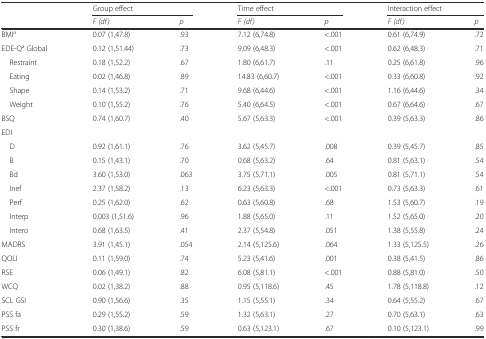
<table><thead><tr><td></td><td colspan="2"><b>Group effect</b></td><td colspan="2"><b>Time effect</b></td><td colspan="2"><b>Interaction effect</b></td></tr><tr><td></td><td><b><i>F (df)</i></b></td><td><b><i>p</i></b></td><td><b><i>F (df)</i></b></td><td><b><i>p</i></b></td><td><b><i>F (df)</i></b></td><td><b><i>p</i></b></td></tr></thead><tbody><tr><td>BMI<sup>a</sup></td><td>0.07 (1,47.8)</td><td>.93</td><td>7.12 (6,74.8)</td><td>&lt;.001</td><td>0.61 (6,74.9)</td><td>.72</td></tr><tr><td>EDE-Q<sup>a</sup> Global</td><td>0.12 (1,51.44)</td><td>.73</td><td>9.09 (6,48.3)</td><td>&lt;.001</td><td>0.62 (6,48.3)</td><td>.71</td></tr><tr><td> Restraint</td><td>0.18 (1,52.2)</td><td>.67</td><td>1.80 (6,61.7)</td><td>.11</td><td>0.25 (6,61.8)</td><td>.96</td></tr><tr><td> Eating</td><td>0.02 (1,46.8)</td><td>.89</td><td>14.83 (6,60.7)</td><td>&lt;.001</td><td>0.33 (6,60.8)</td><td>.92</td></tr><tr><td> Shape</td><td>0.14 (1,53.2)</td><td>.71</td><td>9.68 (6,44.6)</td><td>&lt;.001</td><td>1.16 (6,44.6)</td><td>.34</td></tr><tr><td> Weight</td><td>0.10 (1,55.2)</td><td>.76</td><td>5.40 (6,64.5)</td><td>&lt;.001</td><td>0.67 (6,64.6)</td><td>.67</td></tr><tr><td>BSQ</td><td>0.74 (1,60.7)</td><td>.40</td><td>5.67 (5,63.3)</td><td>&lt;.001</td><td>0.39 (5,63.3)</td><td>.86</td></tr><tr><td>EDI</td><td></td><td></td><td></td><td></td><td></td><td></td></tr><tr><td> D</td><td>0.92 (1,61.1)</td><td>.76</td><td>3.62 (5,45.7)</td><td>.008</td><td>0.39 (5,45.7)</td><td>.85</td></tr><tr><td> B</td><td>0.15 (1,43.1)</td><td>.70</td><td>0.68 (5,63.2)</td><td>.64</td><td>0.81 (5,63.1)</td><td>.54</td></tr><tr><td> Bd</td><td>3.60 (1,53.0)</td><td>.063</td><td>3.75 (5,71.1)</td><td>.005</td><td>0.81 (5,71.1)</td><td>.54</td></tr><tr><td> Inef</td><td>2.37 (1,58.2)</td><td>.13</td><td>6.23 (5,63.3)</td><td>&lt;.001</td><td>0.73 (5,63.3)</td><td>.61</td></tr><tr><td> Perf</td><td>0.25 (1,62.0)</td><td>.62</td><td>0.63 (5,60.8)</td><td>.68</td><td>1.53 (5,60.7)</td><td>.19</td></tr><tr><td> Interp</td><td>0.003 (1,51.6)</td><td>.96</td><td>1.88 (5,65.0)</td><td>.11</td><td>1.52 (5,65.0)</td><td>.20</td></tr><tr><td> Intero</td><td>0.68 (1,63.5)</td><td>.41</td><td>2.37 (5,54.8)</td><td>.051</td><td>1.38 (5,55.8)</td><td>.24</td></tr><tr><td>MADRS</td><td>3.91 (1,45.1)</td><td>.054</td><td>2.14 (5,125.6)</td><td>.064</td><td>1.33 (5,125.5)</td><td>.26</td></tr><tr><td>QOLI</td><td>0.11 (1,59.0)</td><td>.74</td><td>5.23 (5,41.6)</td><td>.001</td><td>0.38 (5,41.5)</td><td>.86</td></tr><tr><td>RSE</td><td>0.06 (1,49.1)</td><td>.82</td><td>6.08 (5,81.1)</td><td>&lt;.001</td><td>0.88 (5,81.0)</td><td>.50</td></tr><tr><td>WCQ</td><td>0.02 (1,38.2)</td><td>.88</td><td>0.95 (5,118.6)</td><td>.45</td><td>1.78 (5,118.8)</td><td>.12</td></tr><tr><td>SCL GSI</td><td>0.90 (1,56.6)</td><td>.35</td><td>1.15 (5,55.1)</td><td>.34</td><td>0.64 (5,55.2)</td><td>.67</td></tr><tr><td>PSS fa</td><td>0.29 (1,55.2)</td><td>.59</td><td>1.32 (5,63.1)</td><td>.27</td><td>0.70 (5,63.1)</td><td>.63</td></tr><tr><td>PSS fr</td><td>0.30 (1,38.6)</td><td>.59</td><td>0.63 (5,123.1)</td><td>.67</td><td>0.10 (5,123.1)</td><td>.99</td></tr></tbody></table>